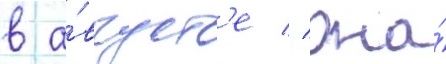
в а́вгуст'е // Она́